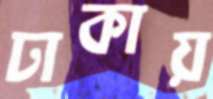
ঢাকায়